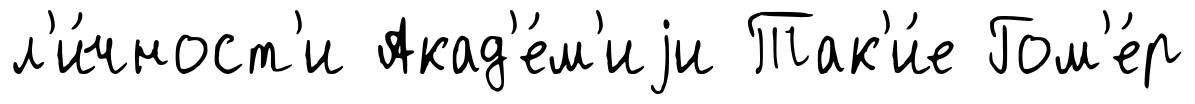
л'и́чност'и Акад'е́м'иjи Так'и́е Гом'е́р